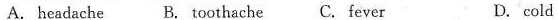
A. headache B. Toothache C. Fever D. cold